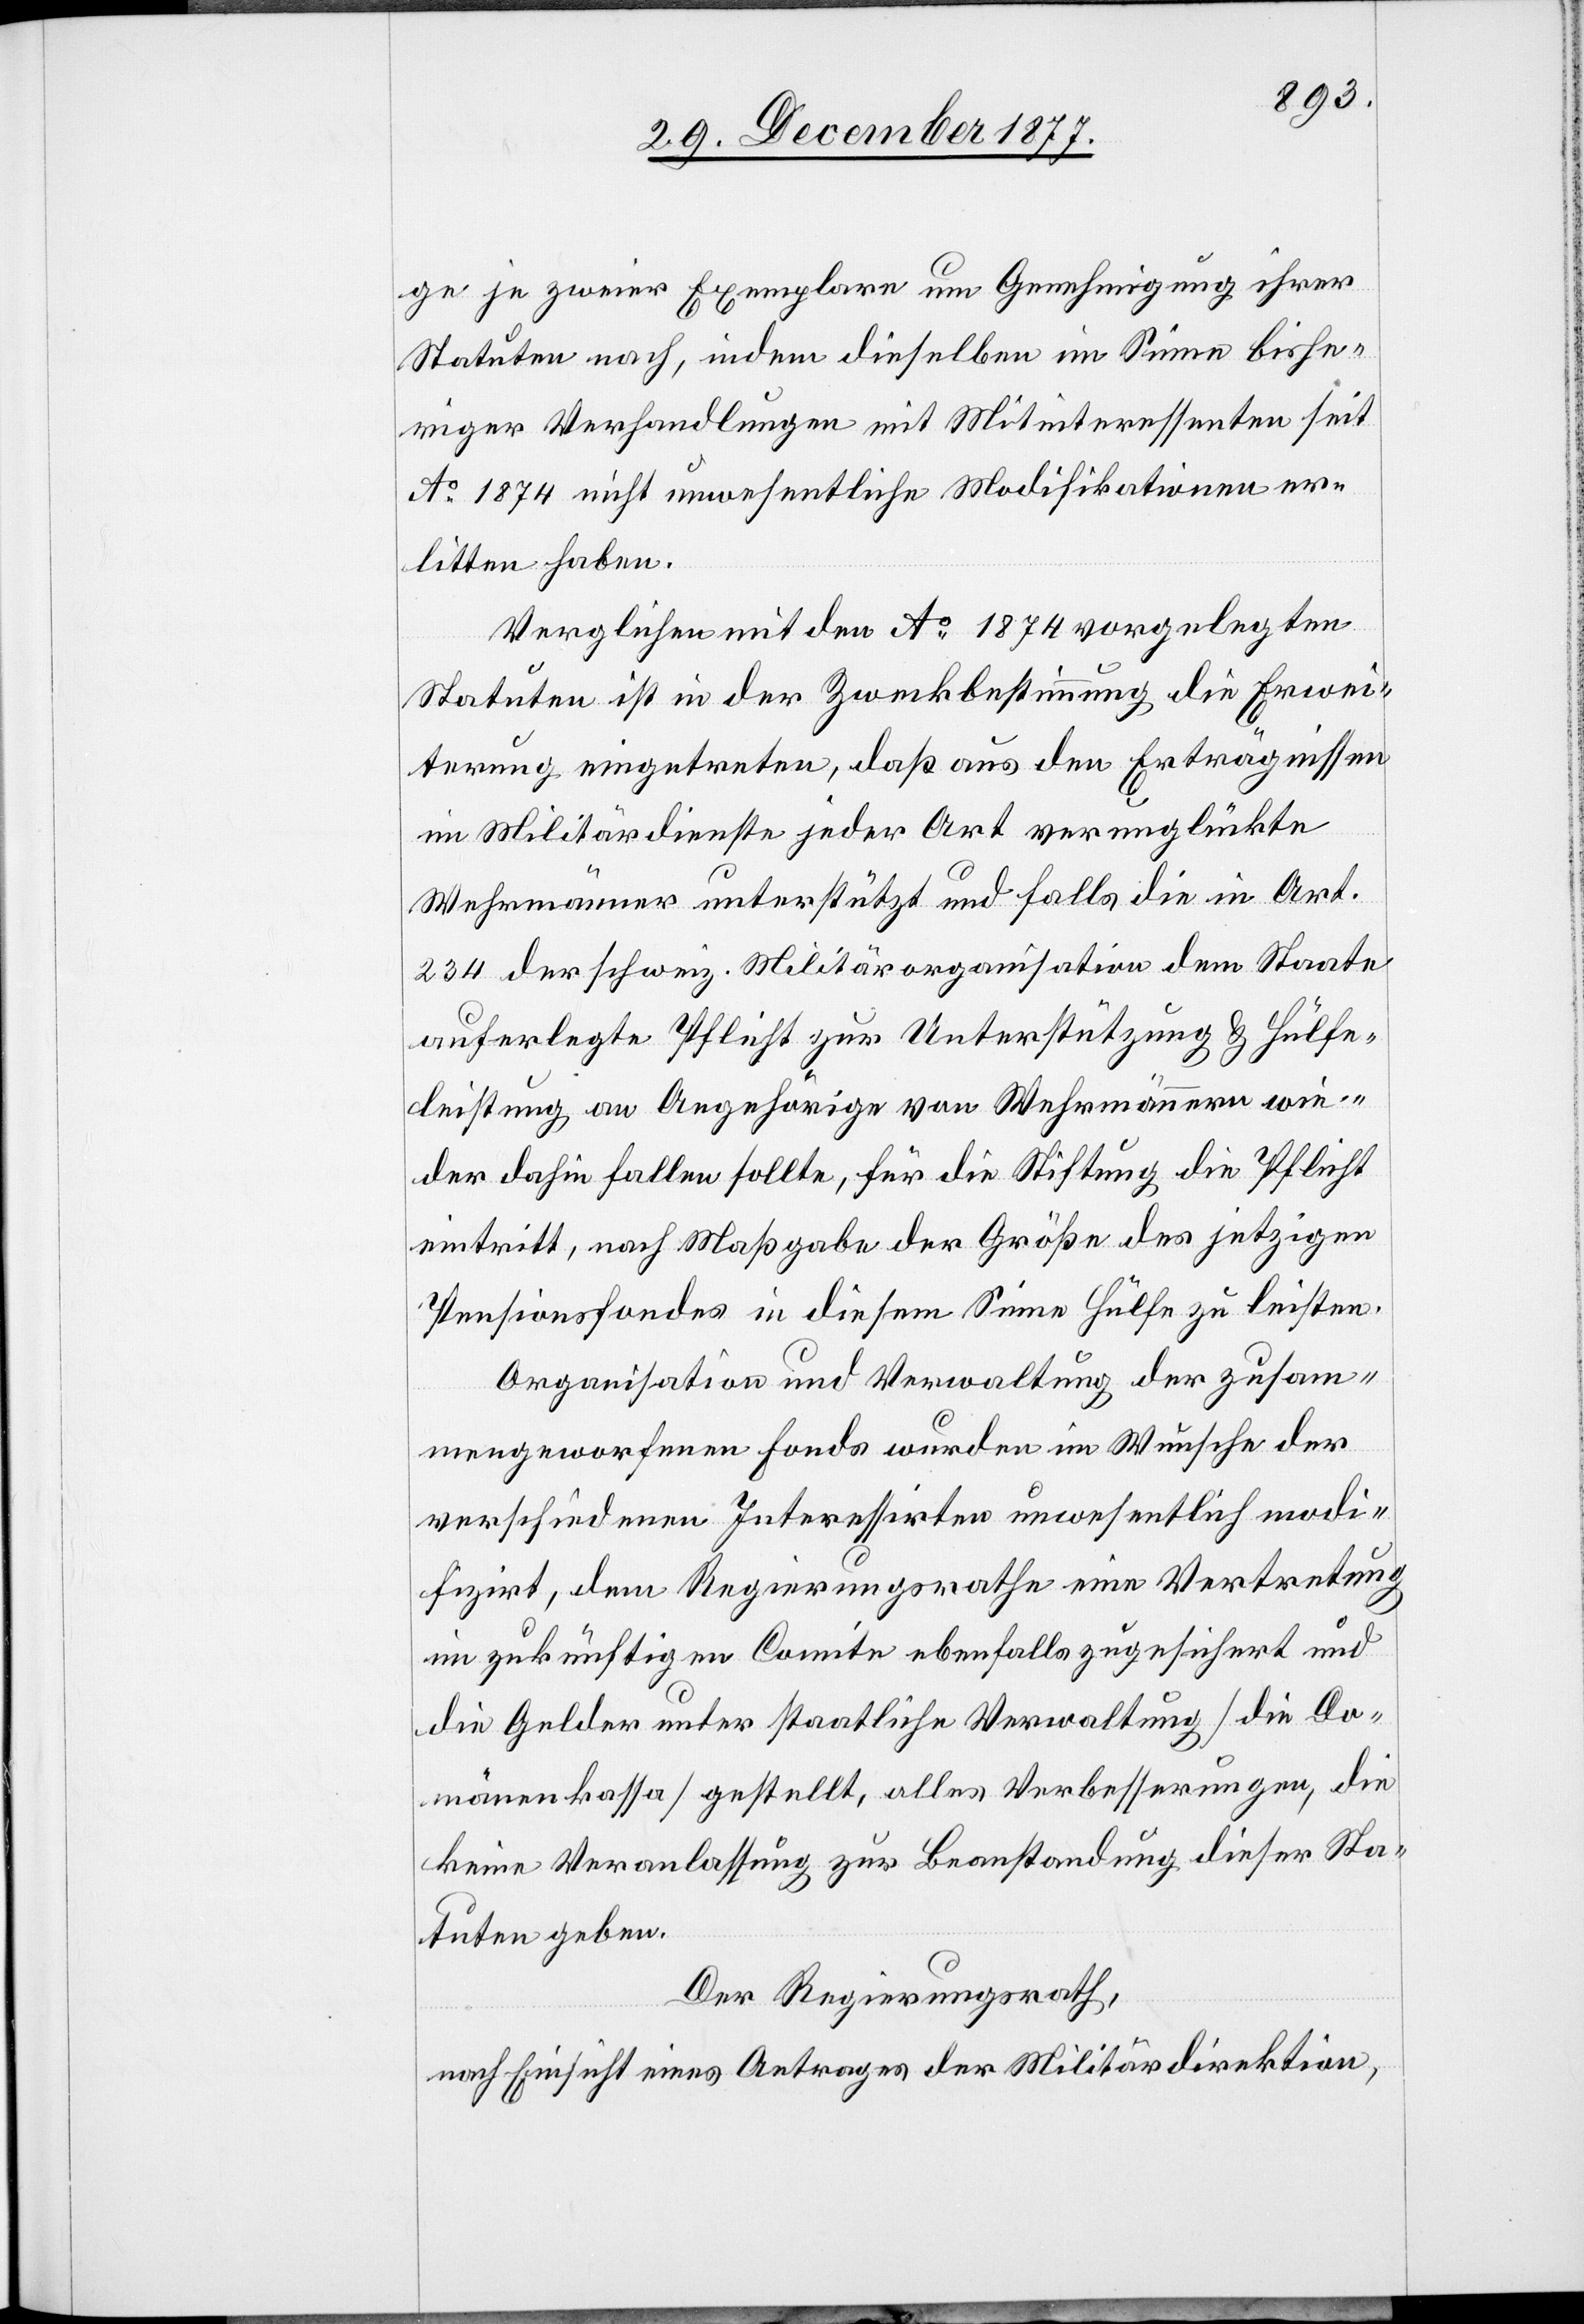
ge je zweier Exemplare um Genehmigung ihrer
Statuten nach, indem dieselben im Sinne bishe¬
riger Verhandlungen mit Mitinteressenten seit
Ao 1874 nicht unwesentliche Modifikationen er¬
litten haben.
Verglichen mit den Ao 1874 vorgelegten
Statuten ist in der Zweckbestimmung die Erwei¬
terung eingetreten, daß aus den Erträgnissen
im Militärdienste jeder Art verunglückte
Wehrmänner unterstützt und falls die in Art.
234 der schweiz. Militärorganisation dem Staate
auferlegte Pflicht zur Unterstützung & Hülfe¬
leistung an Angehörige von Wehrmännern wie¬
der dahin fallen sollte, für die Stiftung die Pflicht
eintritt, nach Maßgabe der Größe des jetzigen
Pensionsfondes in diesem Sinne Hülfe zu leisten.
Organisation und Verwaltung der zusam¬
mengeworfenen Fonds wurden im Wunsche der
verschiedenen Interessirten unwesentlich modi¬
fizirt, dem Regierungsrathe eine Vertretung
im zukünftigen Comite ebenfalls zugesichert und
die Gelder unter staatliche Verwaltung [die Do¬
mänenkassa] gestellt, alles Verbesserungen, die
keine Veranlassung zur Beanstandung dieser Sta¬
tuten geben.
Der Regierungsrath,
nach Einsicht eines Antrages der Militärdirektion,